Annual report on the working of the lock hospitals in the Central Provinces
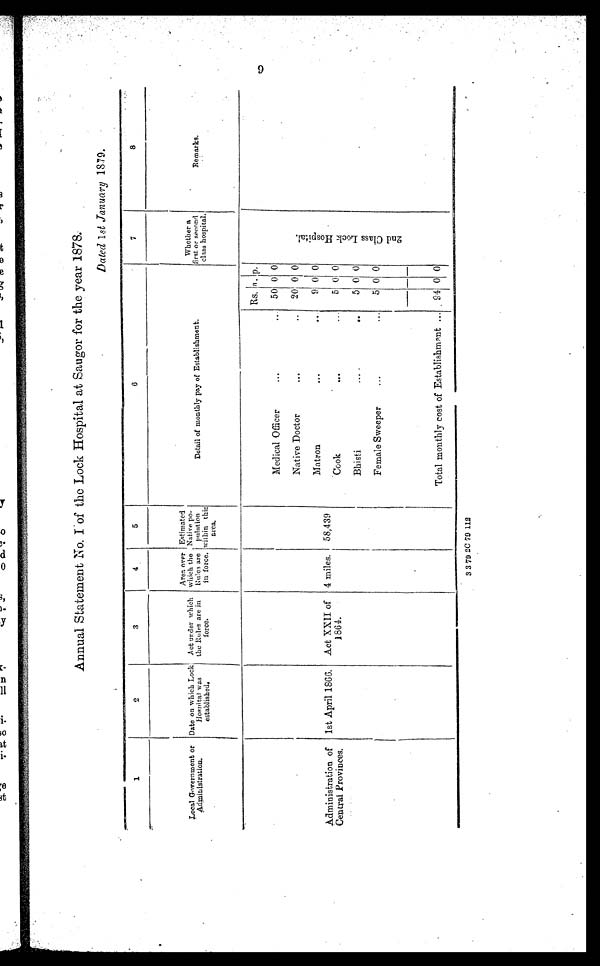
Annual Statement No. I of the Lock Hospital at Saugor for the year 1878.
Dated 1st January 1879.
1
2
3
4
5
6
7
8
Local Goverment or
Administration.
Date on which Lock
Hospital was
established.
Act under which
the Rules are in
force.
Area over
which the
Rules are
in force,
Estimated
Native po
pulation
within this
area.
Detail of monthly pay of Establishment.
Whether a
first or second
class hospital.
Remarks.
m
Rs. a. p.
2 n d C l a s s L o c k H o s p i t a l .
Medical Officer
...
50 0 0
Native Doctor
...
..
20 0 0
Matron
...
. . .
9 0 0
Administration of
Central Provinces.
1st April 1866.
Act XXII of
1864.
4 miles.
58,439
Cook
...
...
5 0 0
Bhisti
....
. . .
5 0 0
Female Sweeper
...
...
5 0 0
Total monthly cost of Establishment ...
94 0 0
3 3 79 2C 79 112